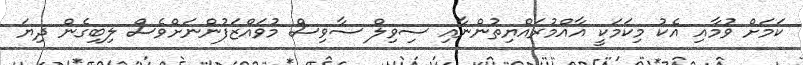
ކަމަށް ވުމާއި އެކު މިކަމަކީ އާއްމުރައްޔިތުންނާއި ސިވިލް ސާވިސް މުވައްޒަފުންނަށްވެސް ލިބިގެން ދިޔަ